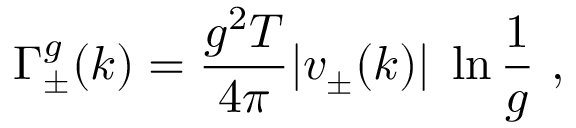
\Gamma _ { \pm } ^ { g } ( k ) = \frac { g ^ { 2 } T } { 4 \pi } | v _ { \pm } ( k ) | \; \ln \frac { 1 } { g } ~ ,